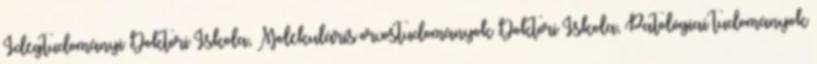
Idegtudományi Doktori Iskola, Molekuláris orvostudományok Doktori Iskola, Patológiai tudományok